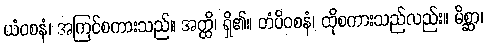
ယံဝစနံ၊ အကြင်စကားသည်။ အတ္ထိ၊ ရှိ၏။ တံပိဝစနံ၊ ထိုစကားသည်လည်း။ မိစ္ဆာ၊